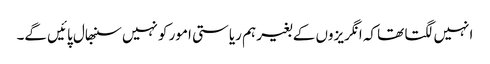
انہیں لگتا تھا کہ انگریزوں کے بغیر ہم ریاستی امور کو نہیں سنبھال پائیں گے۔